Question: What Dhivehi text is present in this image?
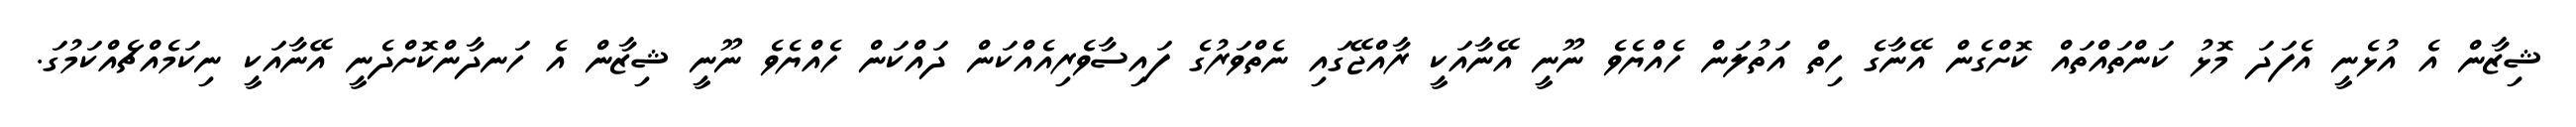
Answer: ޝިޒާން އެ އުޅެނީ އެފަދަ މޮޅު ކަންތައްތައް ކޮށްގެން އޭނާގެ ހިތް އަތުލަން ހެއްޔެވެ ނޫނީ އޭނާއަކީ ރާއްޖޭގައި ނެތްވަރުގެ ފައިސާވެރިއެއްކަން ދައްކަން ހެއްޔެވެ ނޫނީ ޝިޒާން އެ ހަނދާންކޮށްދެނީ އޭނާއަކީ ނިކަމެއްޗެއްކަމުގަ.